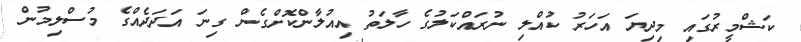
ކަޝްމީރުގައި މިދިޔަ އަހަރު ކުއްލި ނުރައްކަލުގެ ހާލަތު އިއުލާންކޮށްގެން ގިނަ އަދަދެއްގެ މުސްލިމުން